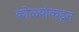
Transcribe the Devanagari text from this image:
कोळ्यांकडून